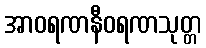
အာဝရဏနီဝရဏသုတ္တ